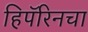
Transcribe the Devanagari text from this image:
हिपॅरिनचा